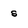
Character: s